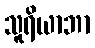
သူရိယာဘာ